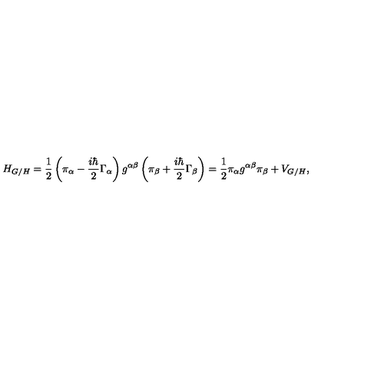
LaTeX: H _ { G / H } = \frac { 1 } { 2 } \left( \pi _ { \alpha } - \frac { i \hbar } { 2 } \Gamma _ { \alpha } \right) g ^ { \alpha \beta } \left( \pi _ { \beta } + \frac { i \hbar } { 2 } \Gamma _ { \beta } \right) = \frac { 1 } { 2 } \pi _ { \alpha } g ^ { \alpha \beta } \pi _ { \beta } + V _ { G / H } ,